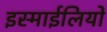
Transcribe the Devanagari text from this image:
इस्माईलियों